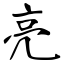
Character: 亮